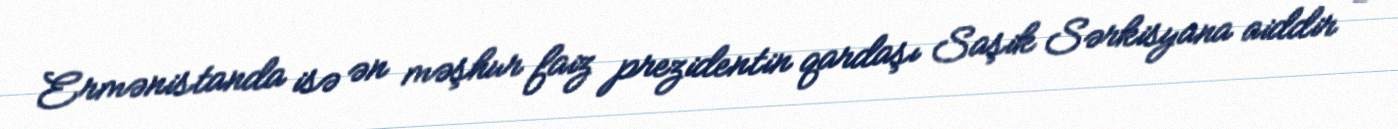
Ermənistanda isə ən məşhur faiz prezidentin qardaşı Saşik Sərkisyana aiddir -